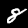
Label: 8